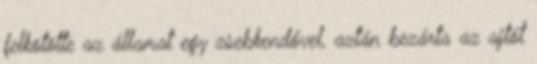
felkötötte az államat egy zsebkendővel, aztán bezárta az ajtót